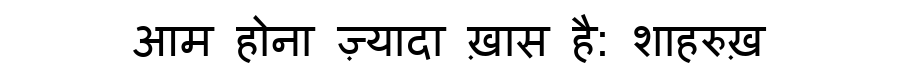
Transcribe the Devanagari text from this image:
आम होना ज़्यादा ख़ास है: शाहरुख़